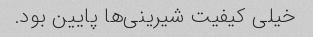
خیلی کیفیت شیرینی‌ها پایین بود.